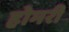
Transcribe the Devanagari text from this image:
होमरी